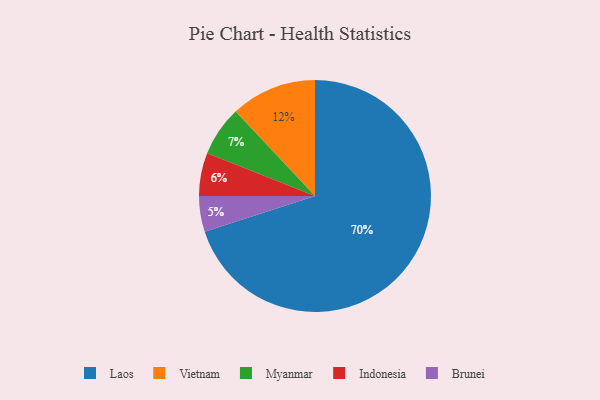
{"axis": {"x": "Category", "y": "Percentage"}, "legend": ["Brunei", "Indonesia", "Laos", "Myanmar", "Vietnam"], "data": [{"x": "Indonesia", "y": 6, "type": "Indonesia"}, {"x": "Vietnam", "y": 12, "type": "Vietnam"}, {"x": "Brunei", "y": 5, "type": "Brunei"}, {"x": "Laos", "y": 70, "type": "Laos"}, {"x": "Myanmar", "y": 7, "type": "Myanmar"}]}